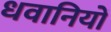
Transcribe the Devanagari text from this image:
धवानियों